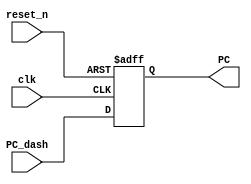
module Program_Counter #(
parameter N_bit=32
) (
  input clk,reset_n,
  input [N_bit-1 : 0] PC_dash,
  output [N_bit-1 : 0] PC

);
reg [N_bit-1 : 0] Q_next,Q_reg;
//state_logic
always @(posedge clk,negedge reset_n) begin
if (!reset_n) begin
  Q_reg <= 'b0;
end else begin
  Q_reg <= Q_next;
end
end
//next_state lcgic
always @(*) begin
  Q_next = PC_dash;
end
//output logic
assign PC = Q_reg;
endmodule